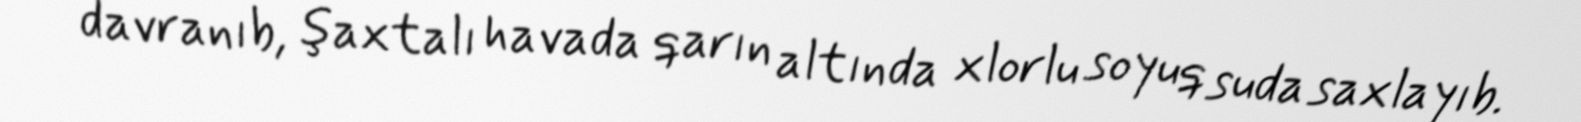
davranıb, şaxtalı havada qarın altında xlorlu soyuq suda saxlayıb.